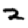
Digit: 2